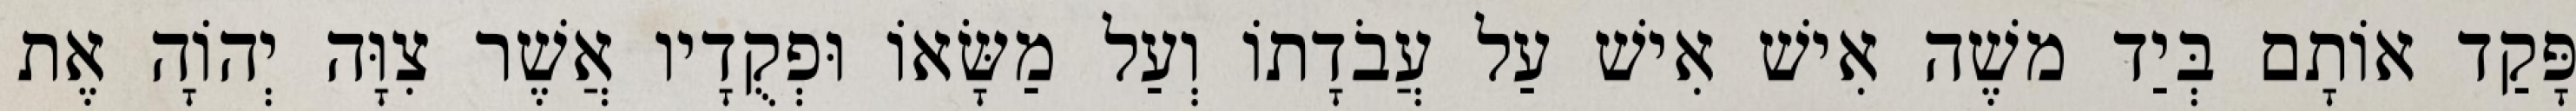
פָּקַד אוֹתָם בְּיַד משֶׁה אִישׁ אִישׁ עַל עֲבֹדָתוֹ וְעַל מַשָּׂאוֹ וּפְקֻדָיו אֲשֶׁר צִוָּה יְהוָֹה אֶת